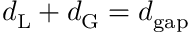
d _ { \mathrm { L } } + d _ { \mathrm { G } } = d _ { \mathrm { g a p } }